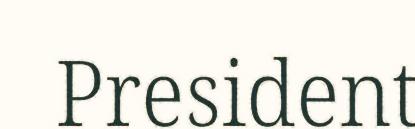
President